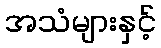
အသံများနှင့်